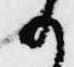
か